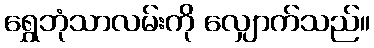
ရွှေဘုံသာလမ်းကို လျှောက်သည်။